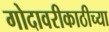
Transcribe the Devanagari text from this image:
गोदावरीकाठीच्या